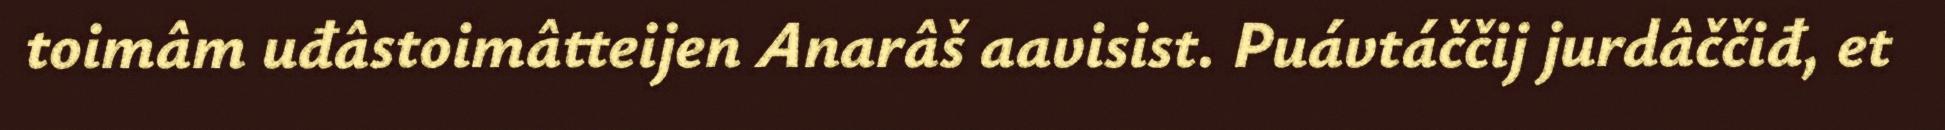
toimâm uđâstoimâtteijen Anarâš aavisist. Puávtáččij jurdâččiđ, et